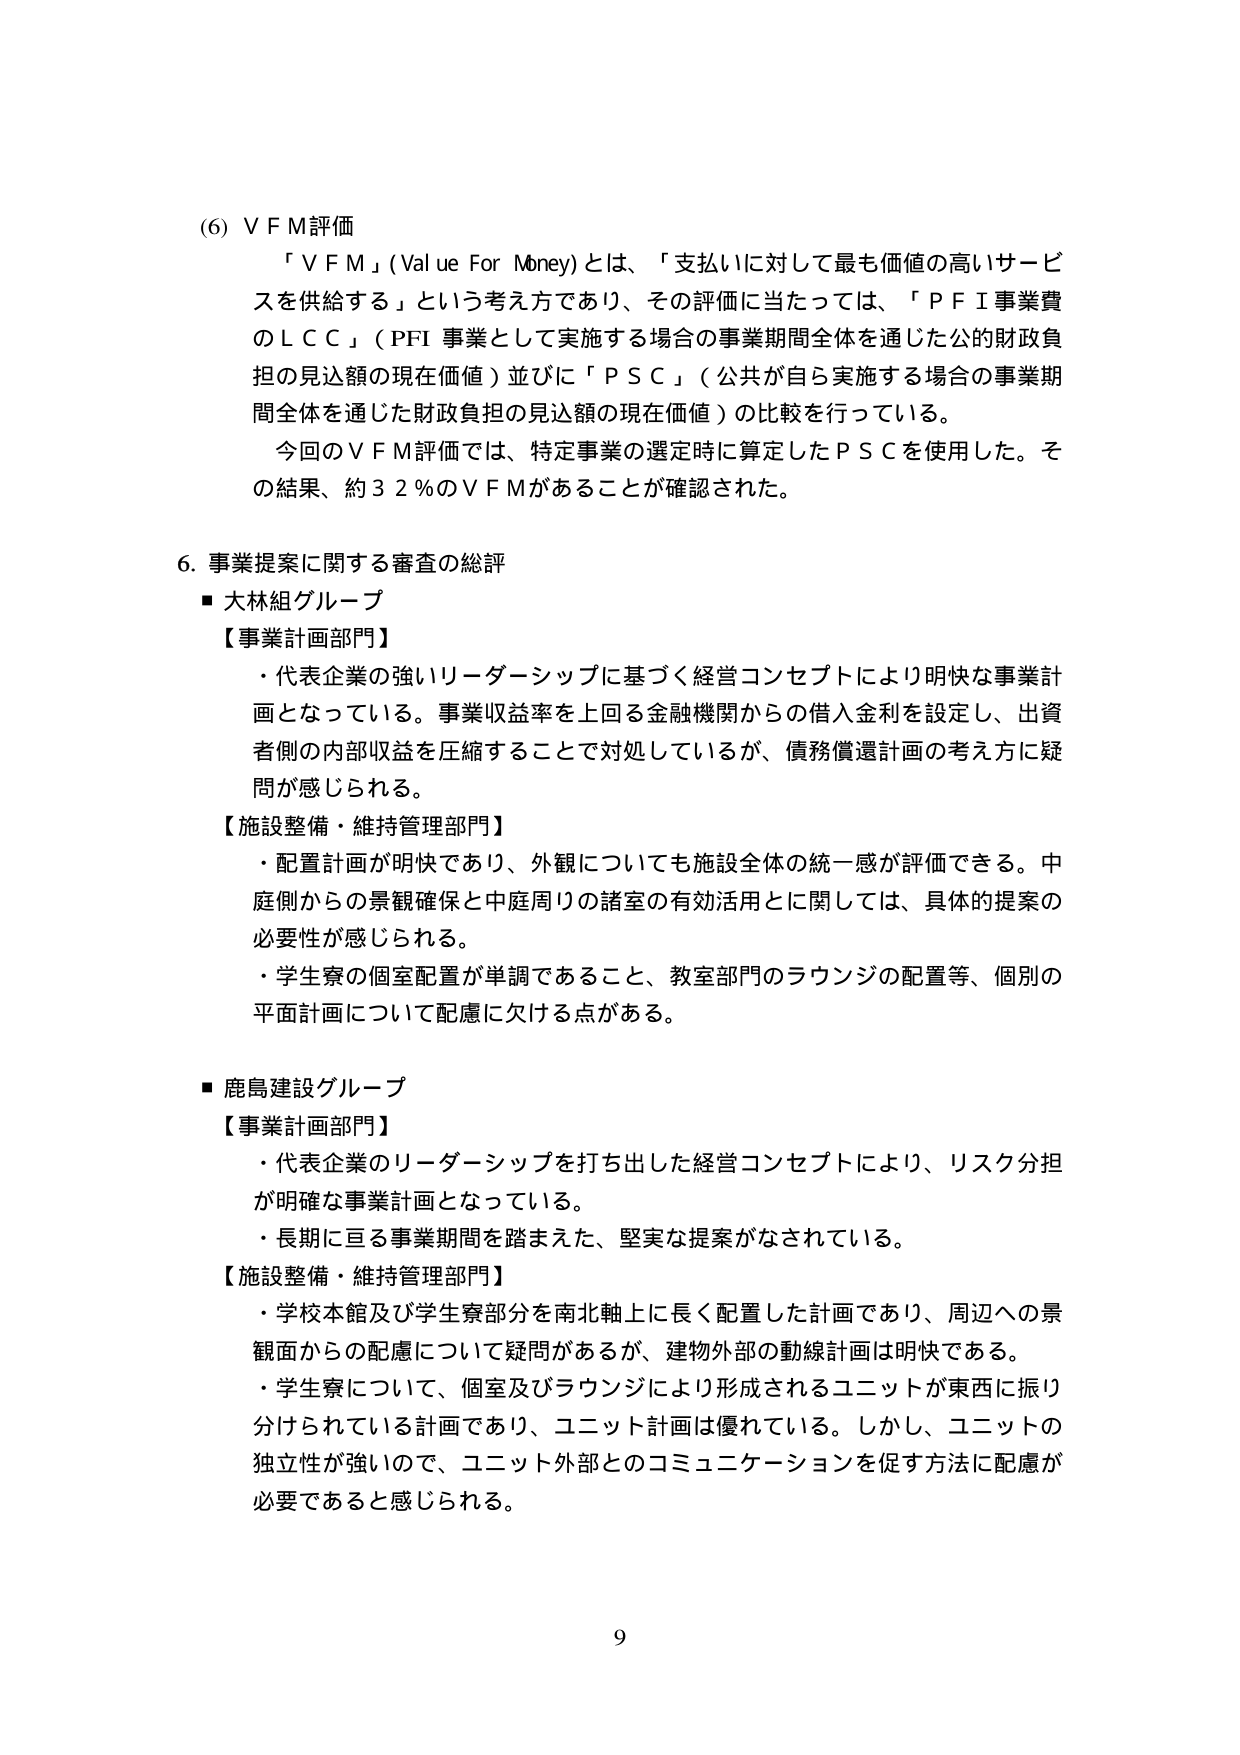
(6) V F M評価
「ＶＦＭ」(Value For Money)とは、「支払いに対して最も価値の高いサービスを供給する」という考え方であり、その評価に当たっては、「ＰＦＩ事業費のＬＣＣ」(PFI事業として実施する場合の事業期間全体を通じた公的財政負担の見込額の現在価値)並びに「ＰＳＣ」(公共が自ら実施する場合の事業期間全体を通じた財政負担の見込額の現在価値)の比較を行っている。
今回のＶＦＭ評価では、特定事業の選定時に算定したＰＳＣを使用した。その結果、約３２％のＶＦＭがあることが確認された。

6. 事業提案に関する審査の総評
■ 大林組グループ
【事業計画部門】
・代表企業の強いリーダーシップに基づく経営コンセプトにより明快な事業計画となっている。事業収益率を上回る金融機関からの借入金利を設定し、出資者側の内部収益を圧縮することで対処しているが、債務償還計画の考え方に疑問が感じられる。
【施設整備・維持管理部門】
・配置計画が明快であり、外観についても施設全体の統一感が評価できる。中庭側からの景観確保と中庭周りの諸室の有効活用に関しては、具体的提案の必要性が感じられる。
・学生寮の個室配置が単調であること、教室部門のラウンジの配置等、個別の平面計画について配慮に欠ける点がある。

■ 鹿島建設グループ
【事業計画部門】
・代表企業のリーダーシップを打ち出した経営コンセプトにより、リスク分担が明確な事業計画となっている。
・長期に亘る事業期間を踏まえた、堅実な提案がなされている。
【施設整備・維持管理部門】
・学校本館及び学生寮部分を南北軸上に長く配置した計画であり、周辺への景観面からの配慮について疑問があるが、建物外部の動線計画は明快である。
・学生寮について、個室及びラウンジにより形成されるユニットが東西に振り分けられている計画であり、ユニット計画は優れている。しかし、ユニットの独立性が強いので、ユニット外部とのコミュニケーションを促す方法に配慮が必要であると感じられる。

9